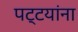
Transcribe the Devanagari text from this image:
पट्टयांना